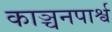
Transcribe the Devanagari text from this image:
काञ्चनपार्श्व